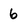
Character: 6